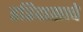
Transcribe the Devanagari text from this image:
हरिदासाचे